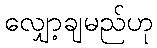
လျှော့ချမည်ဟု